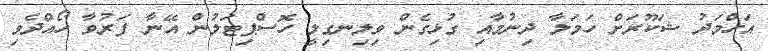
އަހްމަދު ޝަކޫރަށް ހަމަލާ ދިނުމާއި ގުޅިގެން ވިލިނގިލީ ހޮސްޕިޓަލުން އޭނާ ފަރުވާ ހޯއްދެވި